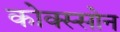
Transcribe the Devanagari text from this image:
कोक्स्सोन